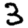
Digit: 3